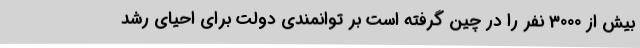
بیش از 3000 نفر را در چین گرفته است بر توانمندی دولت برای احیای رشد